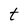
Character: t